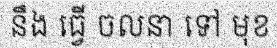
នឹង ធ្វើ ចលនា ទៅ មុខ